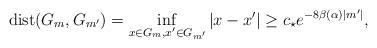
LaTeX: \begin{align*}\mathrm{dist}(G_m,G_{m'})=\inf\limits_{x\in G_m,x'\in G_{m'}}{|x-x'|}\geq c_{\star} e^{-8\beta(\alpha)|m'|},\end{align*}